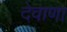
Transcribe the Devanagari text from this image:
देवाणा